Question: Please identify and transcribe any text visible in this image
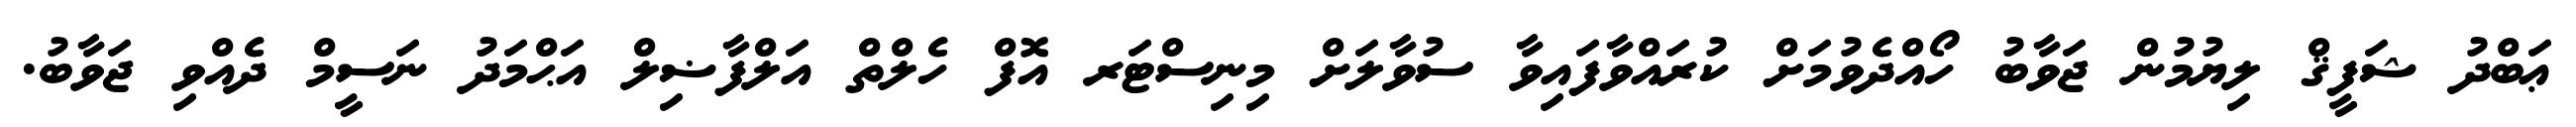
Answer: ޢަބްދު ޝަފީޤް ލިޔުމުން ޖަވާބު ހޯއްދެވުމަށް ކުރައްވާފައިވާ ސުވާލަށް މިނިސްޓަރ އޮފް ހެލްތް އަލްފާޟިލް އަޙްމަދު ނަސީމް ދެއްވި ޖަވާބު.